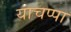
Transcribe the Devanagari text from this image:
याचप्पा